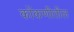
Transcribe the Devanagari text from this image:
कोंकणीतील